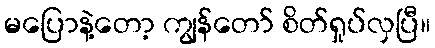
မပြောနဲ့တော့ ကျွန်တော် စိတ်ရှုပ်လှပြီ။